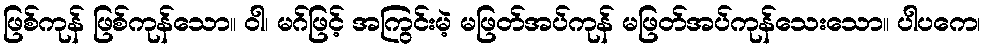
ဖြစ်ကုန် ဖြစ်ကုန်သော။ ဝါ၊ မဂ်ဖြင့် အကြွင်းမဲ့ မဖြတ်အပ်ကုန် မဖြတ်အပ်ကုန်သေးသော။ ပါပကေ၊